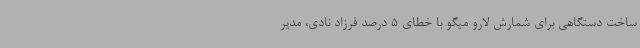
ساخت دستگاهی برای شمارش لارو میگو با خطای 5 درصد فرزاد نادی، مدیر